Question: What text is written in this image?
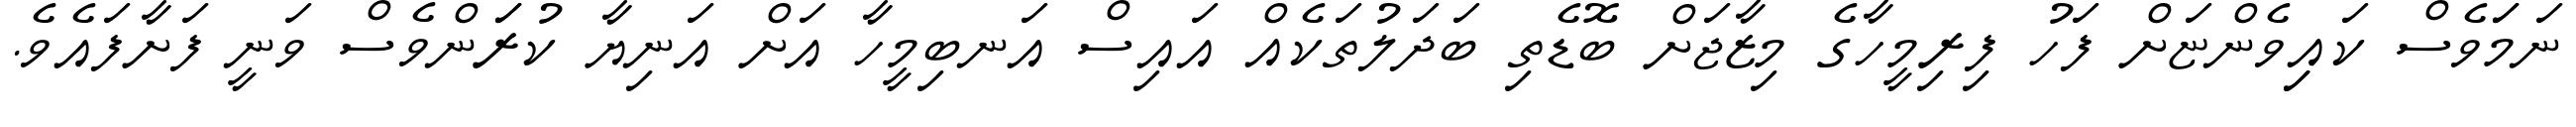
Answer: ނަމަަވެސް ކައިިވެންޏަށް ފަހު ފިރިމީހާގެ މިޒާޖަށް ބޮޑެތި ބަދަލުތަކެއް އައިސް އަނބިމީހާ އަށް އަނިޔާ ކުރަަންވެސް ވަނީ ފަށާފައެވެ.